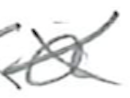
Text: an
Cross-out: cross
Writing tool: pencil